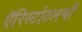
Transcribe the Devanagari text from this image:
ऍरिस्टोटलची